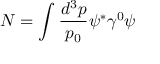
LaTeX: N = \int \frac { d ^ { 3 } p } { p _ { 0 } } \psi ^ { * } \gamma ^ { 0 } \psi